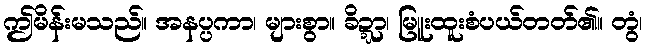
ဤမိန်းမသည်။ အနပ္ပကာ၊ များစွာ။ ခိဍ္ဍာ၊ မြူးထူးစံပယ်တတ်၏။ တွံ၊